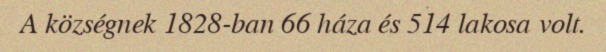
A községnek 1828-ban 66 háza és 514 lakosa volt.